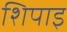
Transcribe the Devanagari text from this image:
शिपाइ